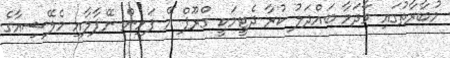
މުބާރާތުގައި މާދަމާ ބައްދަލު ކުރާ ދެޓީމަކީ ގްރޫޕް އޭ ފަޅިން ނޭޕާލާއި މެލޭޝިއާގެ